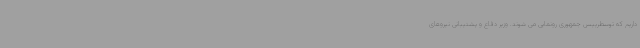
داریم که توسطرییس جمهوری رونمایی می شوند. وزیر دفاع و پشتیبانی نیروهای